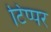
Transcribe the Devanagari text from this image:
टिप्पर